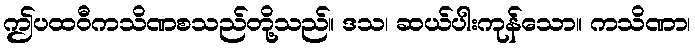
ဤပထဝီကသိဏစသည်တို့သည်။ ဒသ၊ ဆယ်ပါးကုန်သော။ ကသိဏာ၊